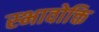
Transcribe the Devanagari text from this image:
स्भावोक्ति